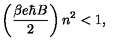
\left( \frac { \beta e \hbar B } { 2 } \right) n ^ { 2 } < 1 ,